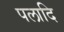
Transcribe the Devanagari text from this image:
पलादि